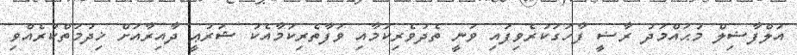
އަލްފާޟިލް މުޙައްމަދު ރާޟީ ފާހަގަކުރެވިފައި ވަނީ ތެދުވެރިކަމާއި ވަފާތެރިކަމާއެކު ޝަރުޢީ ދާއިރާއަށް ޚިދުމަތްކުރެއްވި